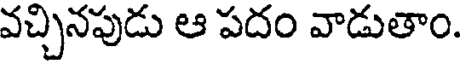
వచ్చినపుడు ఆ పదం వాడుతాం.